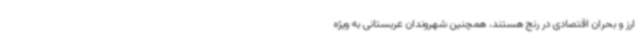
ارز و بحران اقتصادی در رنج هستند، همچنین شهروندان عربستانی به ویژه